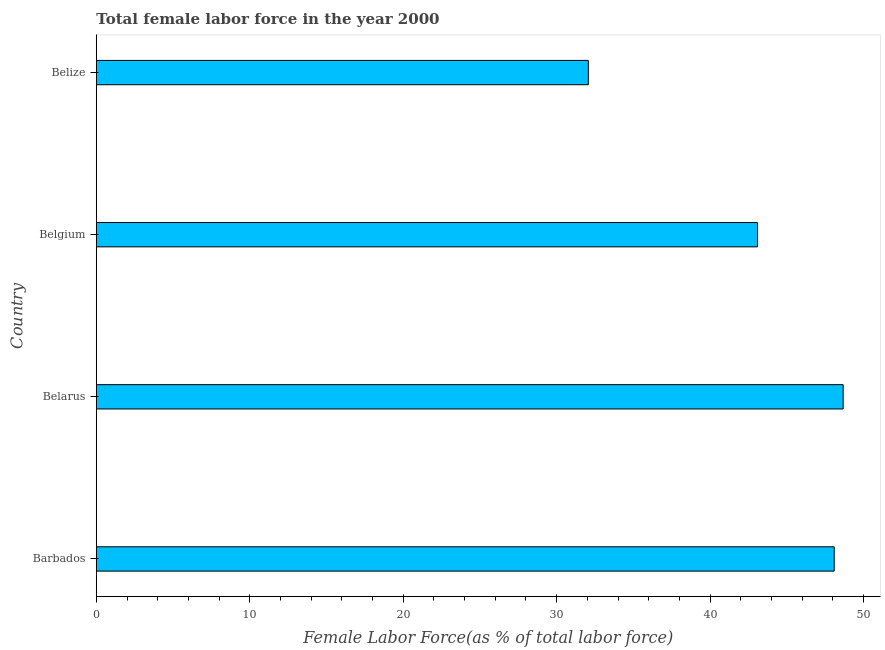
| Country | Female Labor force |
 | --- | --- |
 | Barbados | 48.1 |
 | Belarus | 48.7 |
 | Belgium | 43.1 |
 | Belize | 32.1 |